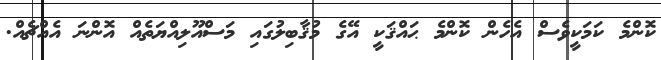
ކޮންމެ ކަމަކީވެސް އެހެން ކޮންމެ ޙައްޤަކީ އޭގެ މުޤާބިލުގައި މަސްއޫލިއްޔަތެއް އޮންނަ އެއްޗެއް.